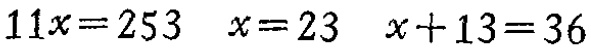
\(11x = 253\quad x = 23\quad x + 13 = 36\)